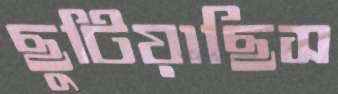
ছুটিয়াছিস